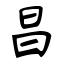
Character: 昌